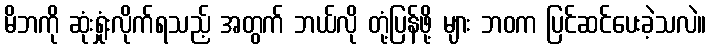
မိဘကို ဆုံးရှုံးလိုက်ရသည့် အတွက် ဘယ်လို တုံ့ပြန်ဖို့ များ ဘဝက ပြင်ဆင်ပေးခဲ့သလဲ။